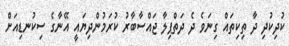
ކުދިކުދި ދާ ތިކިތައް ގިނަވެ ދެ ދަތްޕިލާ ޖައްސާބާރު ކުރަމުންދިޔައީ އޭނާގެ ސިކުނޑިއަށް